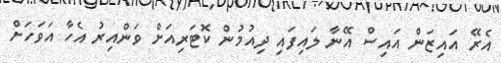
އެރޭ އައިޒަން އައިސް އޭނާ ލައިފައި ދިއުމުން ކޮޓަރިއަށް ވަންއިރު އެހާ އަވަހަށް